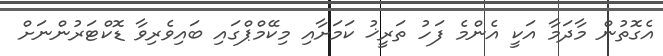
އެގޮތުން މާދަމާ އަކީ އެންމެ ފަހު ތަރީޚު ކަމަށާއި މިކޭމްޕްގައި ބައިވެރިވާ ޑޮކްޓަރުންނަށް